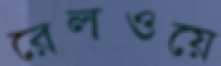
রেলওয়ে